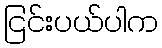
ငြင်းပယ်ပါက